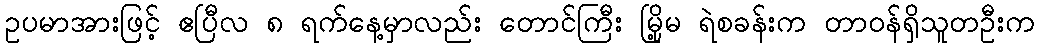
ဥပမာအားဖြင့် ဧပြီလ ၈ ရက်နေ့မှာလည်း တောင်ကြီး မြို့မ ရဲစခန်းက တာဝန်ရှိသူတဦးက